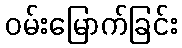
ဝမ်းမြောက်ခြင်း